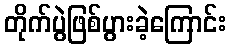
တိုက်ပွဲဖြစ်ပွားခဲ့ကြောင်း